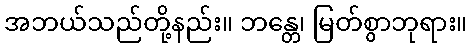
အဘယ်သည်တို့နည်း။ ဘန္တေ၊ မြတ်စွာဘုရား။